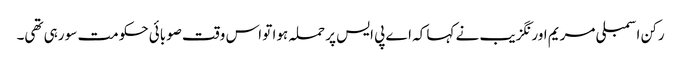
رکن اسمبلی مریم اورنگزیب نے کہا کہ اے پی ایس پر حملہ ہوا تو اس وقت صوبائی حکومت سو رہی تھی۔